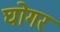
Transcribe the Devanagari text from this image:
घोगर